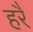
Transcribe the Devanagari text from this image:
हरैं